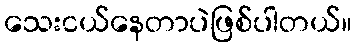
သေးငယ်နေတာပဲဖြစ်ပါတယ်။